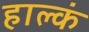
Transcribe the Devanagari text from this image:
हाल्कं